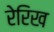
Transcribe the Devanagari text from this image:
रेरिख